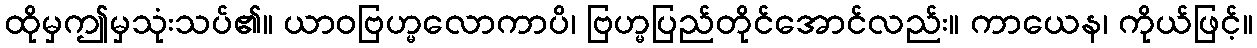
ထိုမှဤမှသုံးသပ်၏။ ယာဝဗြဟ္မလောကာပိ၊ ဗြဟ္မပြည်တိုင်အောင်လည်း။ ကာယေန၊ ကိုယ်ဖြင့်။